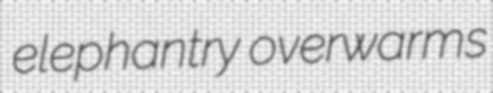
elephantry overwarms